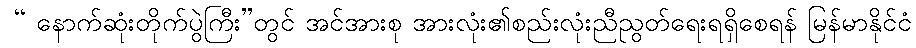
 “ နောက်ဆုံးတိုက်ပွဲကြီး”တွင် အင်အားစု အားလုံး၏စည်းလုံးညီညွတ်ရေးရရှိစေရန် မြန်မာနိုင်ငံ